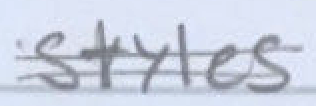
Text: styles
Cross-out: double-line
Writing tool: pencil